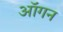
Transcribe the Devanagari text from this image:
ऑगन